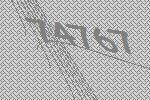
74767